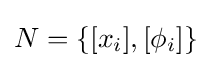
N=\{[x_{i}],[\phi _{i}]\}